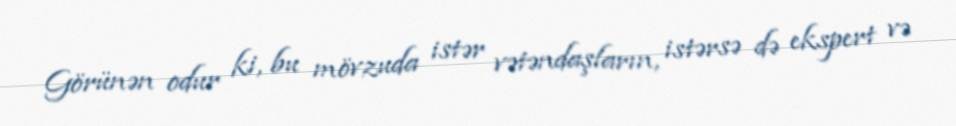
Görünən odur ki, bu mövzuda istər vətəndaşların, istərsə də ekspert və